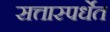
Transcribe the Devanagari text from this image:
सत्तास्पर्धेत